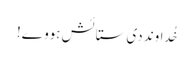
خُداوند دی ستائش ہووے!